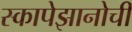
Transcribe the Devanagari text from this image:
स्कापेझानोची